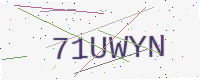
Text: 71UWYN